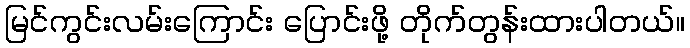
မြင်ကွင်းလမ်းကြောင်း ပြောင်းဖို့ တိုက်တွန်းထားပါတယ်။